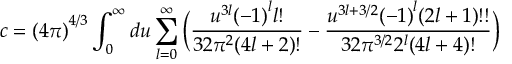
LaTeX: c = { ( 4 \pi ) } ^ { 4 / 3 } \int _ { 0 } ^ { \infty } d u \sum _ { l = 0 } ^ { \infty } \Big ( \frac { u ^ { 3 l } { ( - 1 ) } ^ { l } l ! } { 3 2 \pi ^ { 2 } ( 4 l + 2 ) ! } - \frac { u ^ { 3 l + 3 / 2 } { ( - 1 ) } ^ { l } ( 2 l + 1 ) ! ! } { 3 2 \pi ^ { 3 / 2 } 2 ^ { l } ( 4 l + 4 ) ! } \Big )